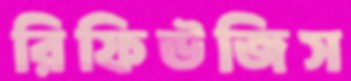
রিফিউজিস